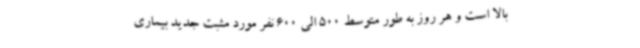
بالا است و هر روز به طور متوسط 500 الی 600 نفر مورد مثبت جدید بیماری